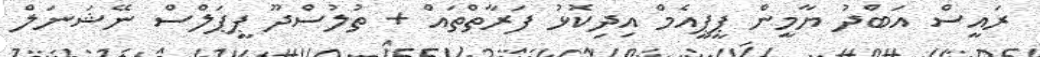
ރައީސް އަބްދު ޔާމީން ޕީޕީއެމް އިދިކޮޅު ފަރާތްތައް + ތުލުސްދޫ ޕީޕަލްސް ނޭޝަނަލް